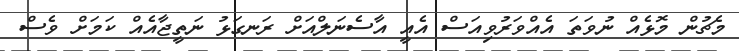
މެޗުން މޮޅެއް ނުވަތަ އެއްވަރުވިއަސް އެއީ އާސެނަލްއަށް ރަނގަޅު ނަތީޖާއެއް ކަމަށް ވެސް